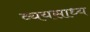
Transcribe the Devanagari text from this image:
व्‍ययसाध्‍य